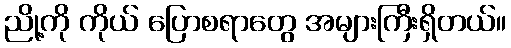
ညို့ကို ကိုယ် ပြောစရာတွေ အများကြီးရှိတယ်။